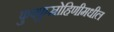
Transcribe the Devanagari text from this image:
फुफ्फुस्रोहिणीमधील